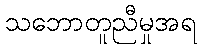
သဘောတူညီမှုအရ